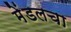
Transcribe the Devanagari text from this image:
मेंडलचा